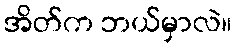
အိတ်က ဘယ်မှာလဲ။